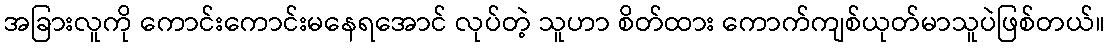
အခြားလူကို ကောင်းကောင်းမနေရအောင် လုပ်တဲ့ သူဟာ စိတ်ထား ကောက်ကျစ်ယုတ်မာသူပဲဖြစ်တယ်။